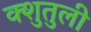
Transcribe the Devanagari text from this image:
क्शुतुली